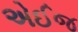
એઈજ